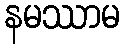
နမဿာမ